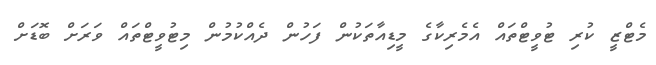
މެޓްޒީ ކުރި ޓުވީޓްތައް އެމެރިކާގެ މީޑިއާތަކުން ފަހުން ދެއްކުމުން މިޓުވީޓްތައް ވަރަށް ބޮޑަށް